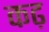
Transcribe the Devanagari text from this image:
कढ़